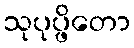
သုပုပ္ဖိတော